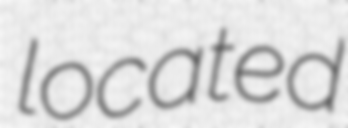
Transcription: located